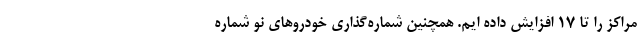
مراکز را تا ۱۷ افزایش داده ایم. همچنین شماره‌گذاری خودروهای نو شماره